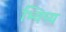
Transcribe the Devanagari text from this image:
भ्विष्य